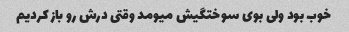
خوب بود ولی بوی سوختگیش میومد وقتی درش رو باز کردیم